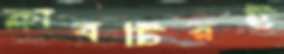
ক্লাবটিরই